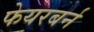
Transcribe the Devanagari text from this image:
फेयरबर्न